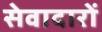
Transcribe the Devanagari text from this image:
सेवादारों